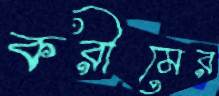
করীমের